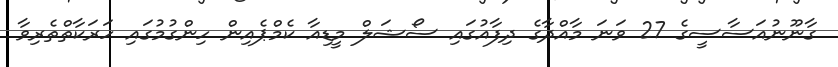
ގާނޫނުއަސާސީގެ 27 ވަނަ މާއްދާގެ ދިފާއުގައި ސޯޝަލް މީޑިއާ ކެމްޕެއިން ހިންގުމުގައި ހަރަކާތްތެރިވާ